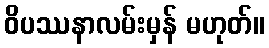
ဝိပဿနာလမ်းမှန် မဟုတ်။